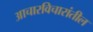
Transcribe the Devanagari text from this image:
आचारविचारांतील